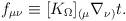
LaTeX: \begin{align*}f_{\mu\nu} \equiv [K_\Omega]_{(\mu} \nabla_{\nu)} t.\end{align*}